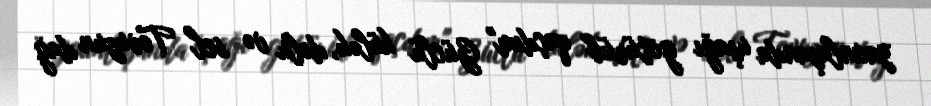
yaxınlaşanda uşağı götürüb qaçdım" Güclü külək, dolu və sel Tovuzun dağ